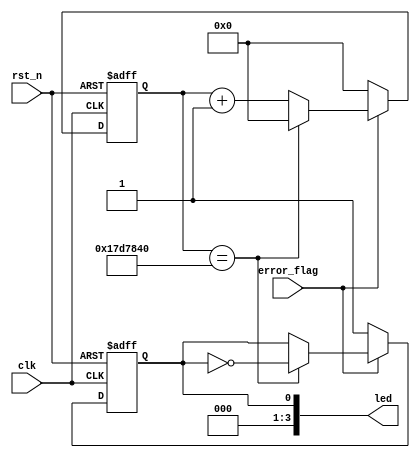

module led_alarm #(parameter    L_TIME = 25'd25_000_000  // led500ms
    )(
        //system clock
        input             clk       ,  // 
        input             rst_n     ,  // 

        //led interface
        output   [3:0]    led       ,  // LED 

        //user interface
        input             error_flag   // 
);

//reg define
reg               led_t  ;             // led
reg    [24:0]     led_cnt;             // led

//*****************************************************
//**                    main code
//*****************************************************

//led
assign  led = {3'b000,led_t};

//1ledLED0
always @(posedge clk or negedge rst_n) begin
    if(rst_n == 1'b0) begin
        led_cnt <= 25'd0;
        led_t <= 1'b0;
    end
    else begin
        if(error_flag) begin                  // 
            led_cnt <= led_cnt + 25'd1;
            if(led_cnt == L_TIME) begin       // LEDL_TIME
                led_cnt <= 25'd0;
                led_t <= ~led_t;
            end
        end
        else begin                            // 
            led_cnt <= 25'd0;
            led_t <= 1'b1;                    // led
        end
    end
end

endmodule